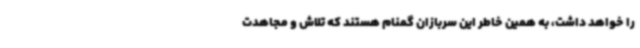
را خواهد داشت، به همین خاطر این سربازان گمنام هستند که تلاش و مجاهدت